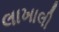
લાખાલી